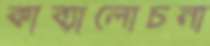
কাব্যালোচনা